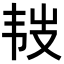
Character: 𩏾